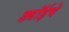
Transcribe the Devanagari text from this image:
ड्यॉईचे